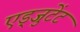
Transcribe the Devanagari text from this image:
एड्जुटेंट